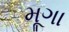
મૂગા